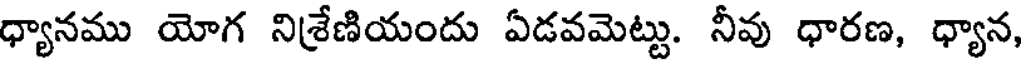
ధ్యానము యోగ నిశ్రేణియందు ఏడవమెట్టు. నీవు ధారణ, ధ్యాన,